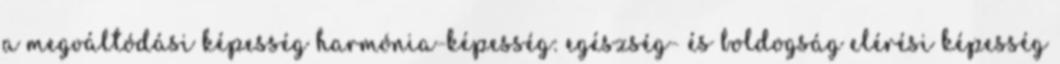
a megváltódási képesség harmónia-képesség: egészség- és boldogság elérési képesség